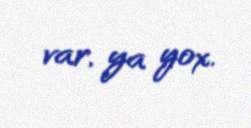
var, ya yox.